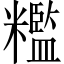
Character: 糮